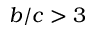
b / c > 3